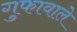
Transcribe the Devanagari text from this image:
गुफावाले